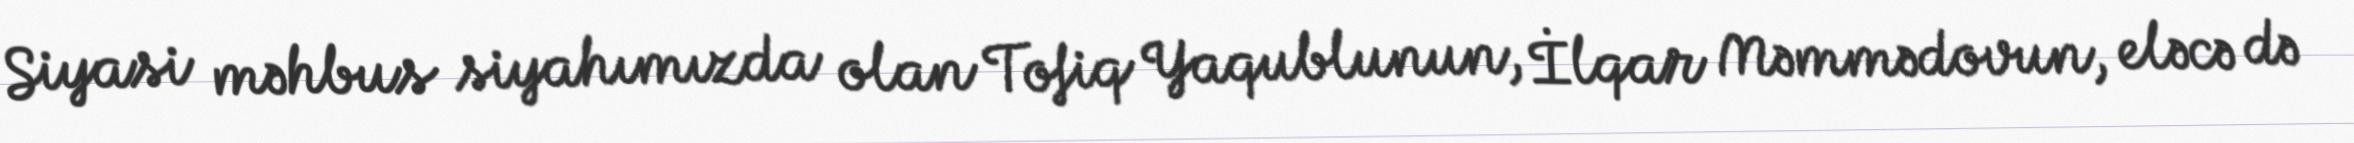
Siyasi məhbus siyahımızda olan Tofiq Yaqublunun, İlqar Məmmədovun, eləcə də